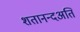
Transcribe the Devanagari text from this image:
शतानन्दअति